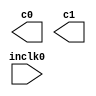
//Copyright (C) 1991-2004 Altera Corporation
//Any  megafunction  design,  and related netlist (encrypted  or  decrypted),
//support information,  device programming or simulation file,  and any other
//associated  documentation or information  provided by  Altera  or a partner
//under  Altera's   Megafunction   Partnership   Program  may  be  used  only
//to program  PLD  devices (but not masked  PLD  devices) from  Altera.   Any
//other  use  of such  megafunction  design,  netlist,  support  information,
//device programming or simulation file,  or any other  related documentation
//or information  is prohibited  for  any  other purpose,  including, but not
//limited to  modification,  reverse engineering,  de-compiling, or use  with
//any other  silicon devices,  unless such use is  explicitly  licensed under
//a separate agreement with  Altera  or a megafunction partner.  Title to the
//intellectual property,  including patents,  copyrights,  trademarks,  trade
//secrets,  or maskworks,  embodied in any such megafunction design, netlist,
//support  information,  device programming or simulation file,  or any other
//related documentation or information provided by  Altera  or a megafunction
//partner, remains with Altera, the megafunction partner, or their respective
//licensors. No other licenses, including any licenses needed under any third
//party's intellectual property, are provided herein.

module dspclkpll (
	inclk0,
	c0,
	c1);

	input	  inclk0;
	output	  c0;
	output	  c1;

endmodule